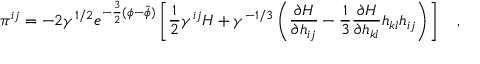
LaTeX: \pi ^ { i j } = - 2 \gamma ^ { 1 / 2 } e ^ { - \frac { 3 } { 2 } ( \phi - \tilde { \phi } ) } \left[ \frac { 1 } { 2 } \gamma ^ { i j } H + \gamma ^ { - 1 / 3 } \left( \frac { \partial H } { \partial h _ { i j } } - \frac { 1 } { 3 } \frac { \partial H } { \partial h _ { k l } } h _ { k l } h _ { i j } \right) \right] ~ ~ ~ ,